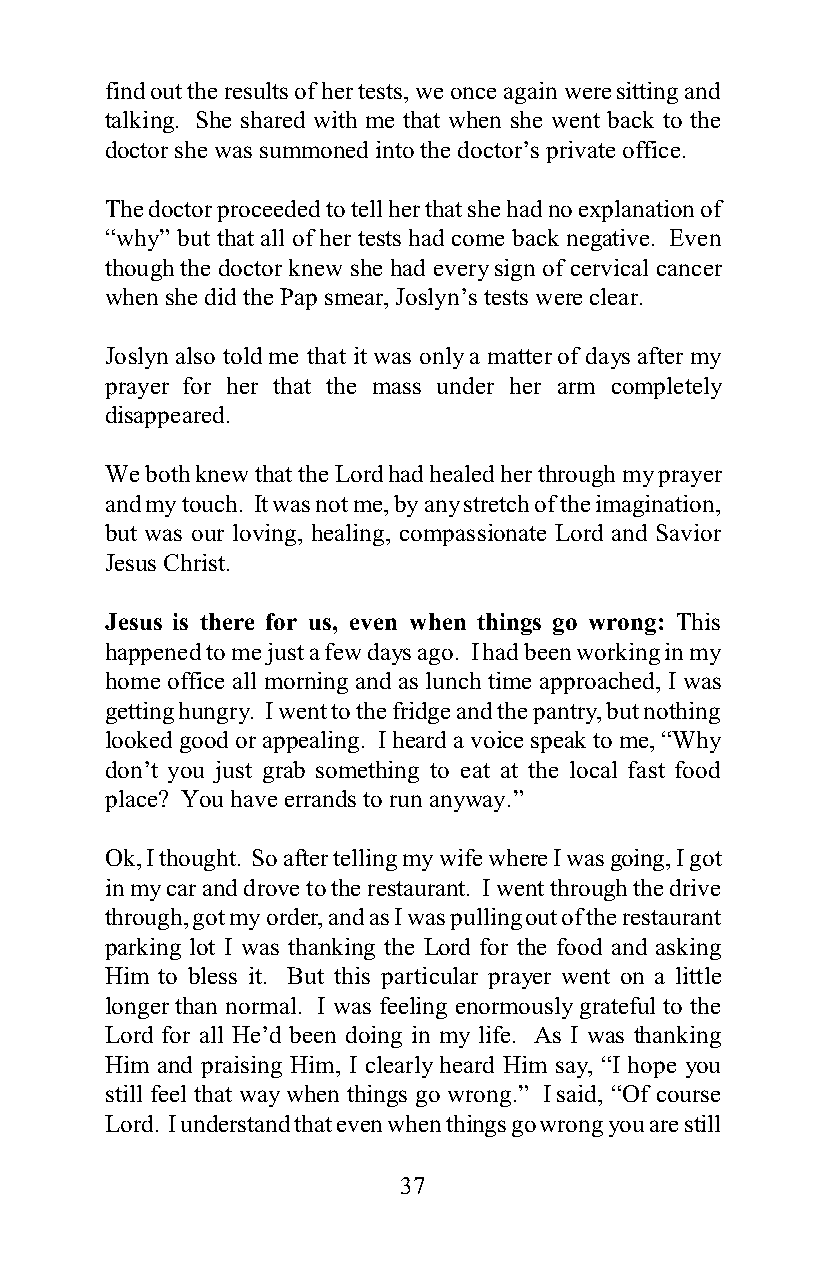
find out the results of her tests, we once again were sitting and
 talking. She shared with me that when she went back to the
 doctor she was summoned into the doctor’s private office.
 The doctor proceeded to tell her that she had no explanation of
 “why” but that all of her tests had come back negative. Even
 though the doctor knew she had every sign of cervical cancer
 when she did the Pap smear, Joslyn’s tests were clear.
 Joslyn also told me that it was only a matter of days after my
 prayer for her that the mass under her arm completely
 disappeared.
 We both knew that the Lord had healed her through my prayer
 and my touch. It was not me, by any stretch of the imagination,
 but was our loving, healing, compassionate Lord and Savior
 Jesus Christ.
 Jesus is there for us, even when things go wrong: This
 happened to me just a few days ago. I had been working in my
 home office all morning and as lunch time approached, I was
 getting hungry. I went to the fridge and the pantry, but nothing
 looked good or appealing. I heard a voice speak to me, “Why
 don’t you just grab something to eat at the local fast food
 place? You have errands to run anyway.”
 Ok, I thought. So after telling my wife where I was going, I got
 in my car and drove to the restaurant. I went through the drive
 through, got my order, and as I was pulling out of the restaurant
 parking lot I was thanking the Lord for the food and asking
 Him to bless it. But this particular prayer went on a little
 longer than normal. I was feeling enormously grateful to the
 Lord for all He’d been doing in my life. As I was thanking
 Him and praising Him, I clearly heard Him say, “I hope you
 still feel that way when things go wrong.” I said, “Of course
 Lord. I understand that even when things go wrong you are still
 37